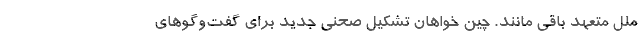
ملل متعهد باقی ‌مانند. چین خواهان تشکیل صحنی جدید برای گفت‌وگوهای